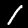
Label: 1